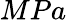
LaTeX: MPa